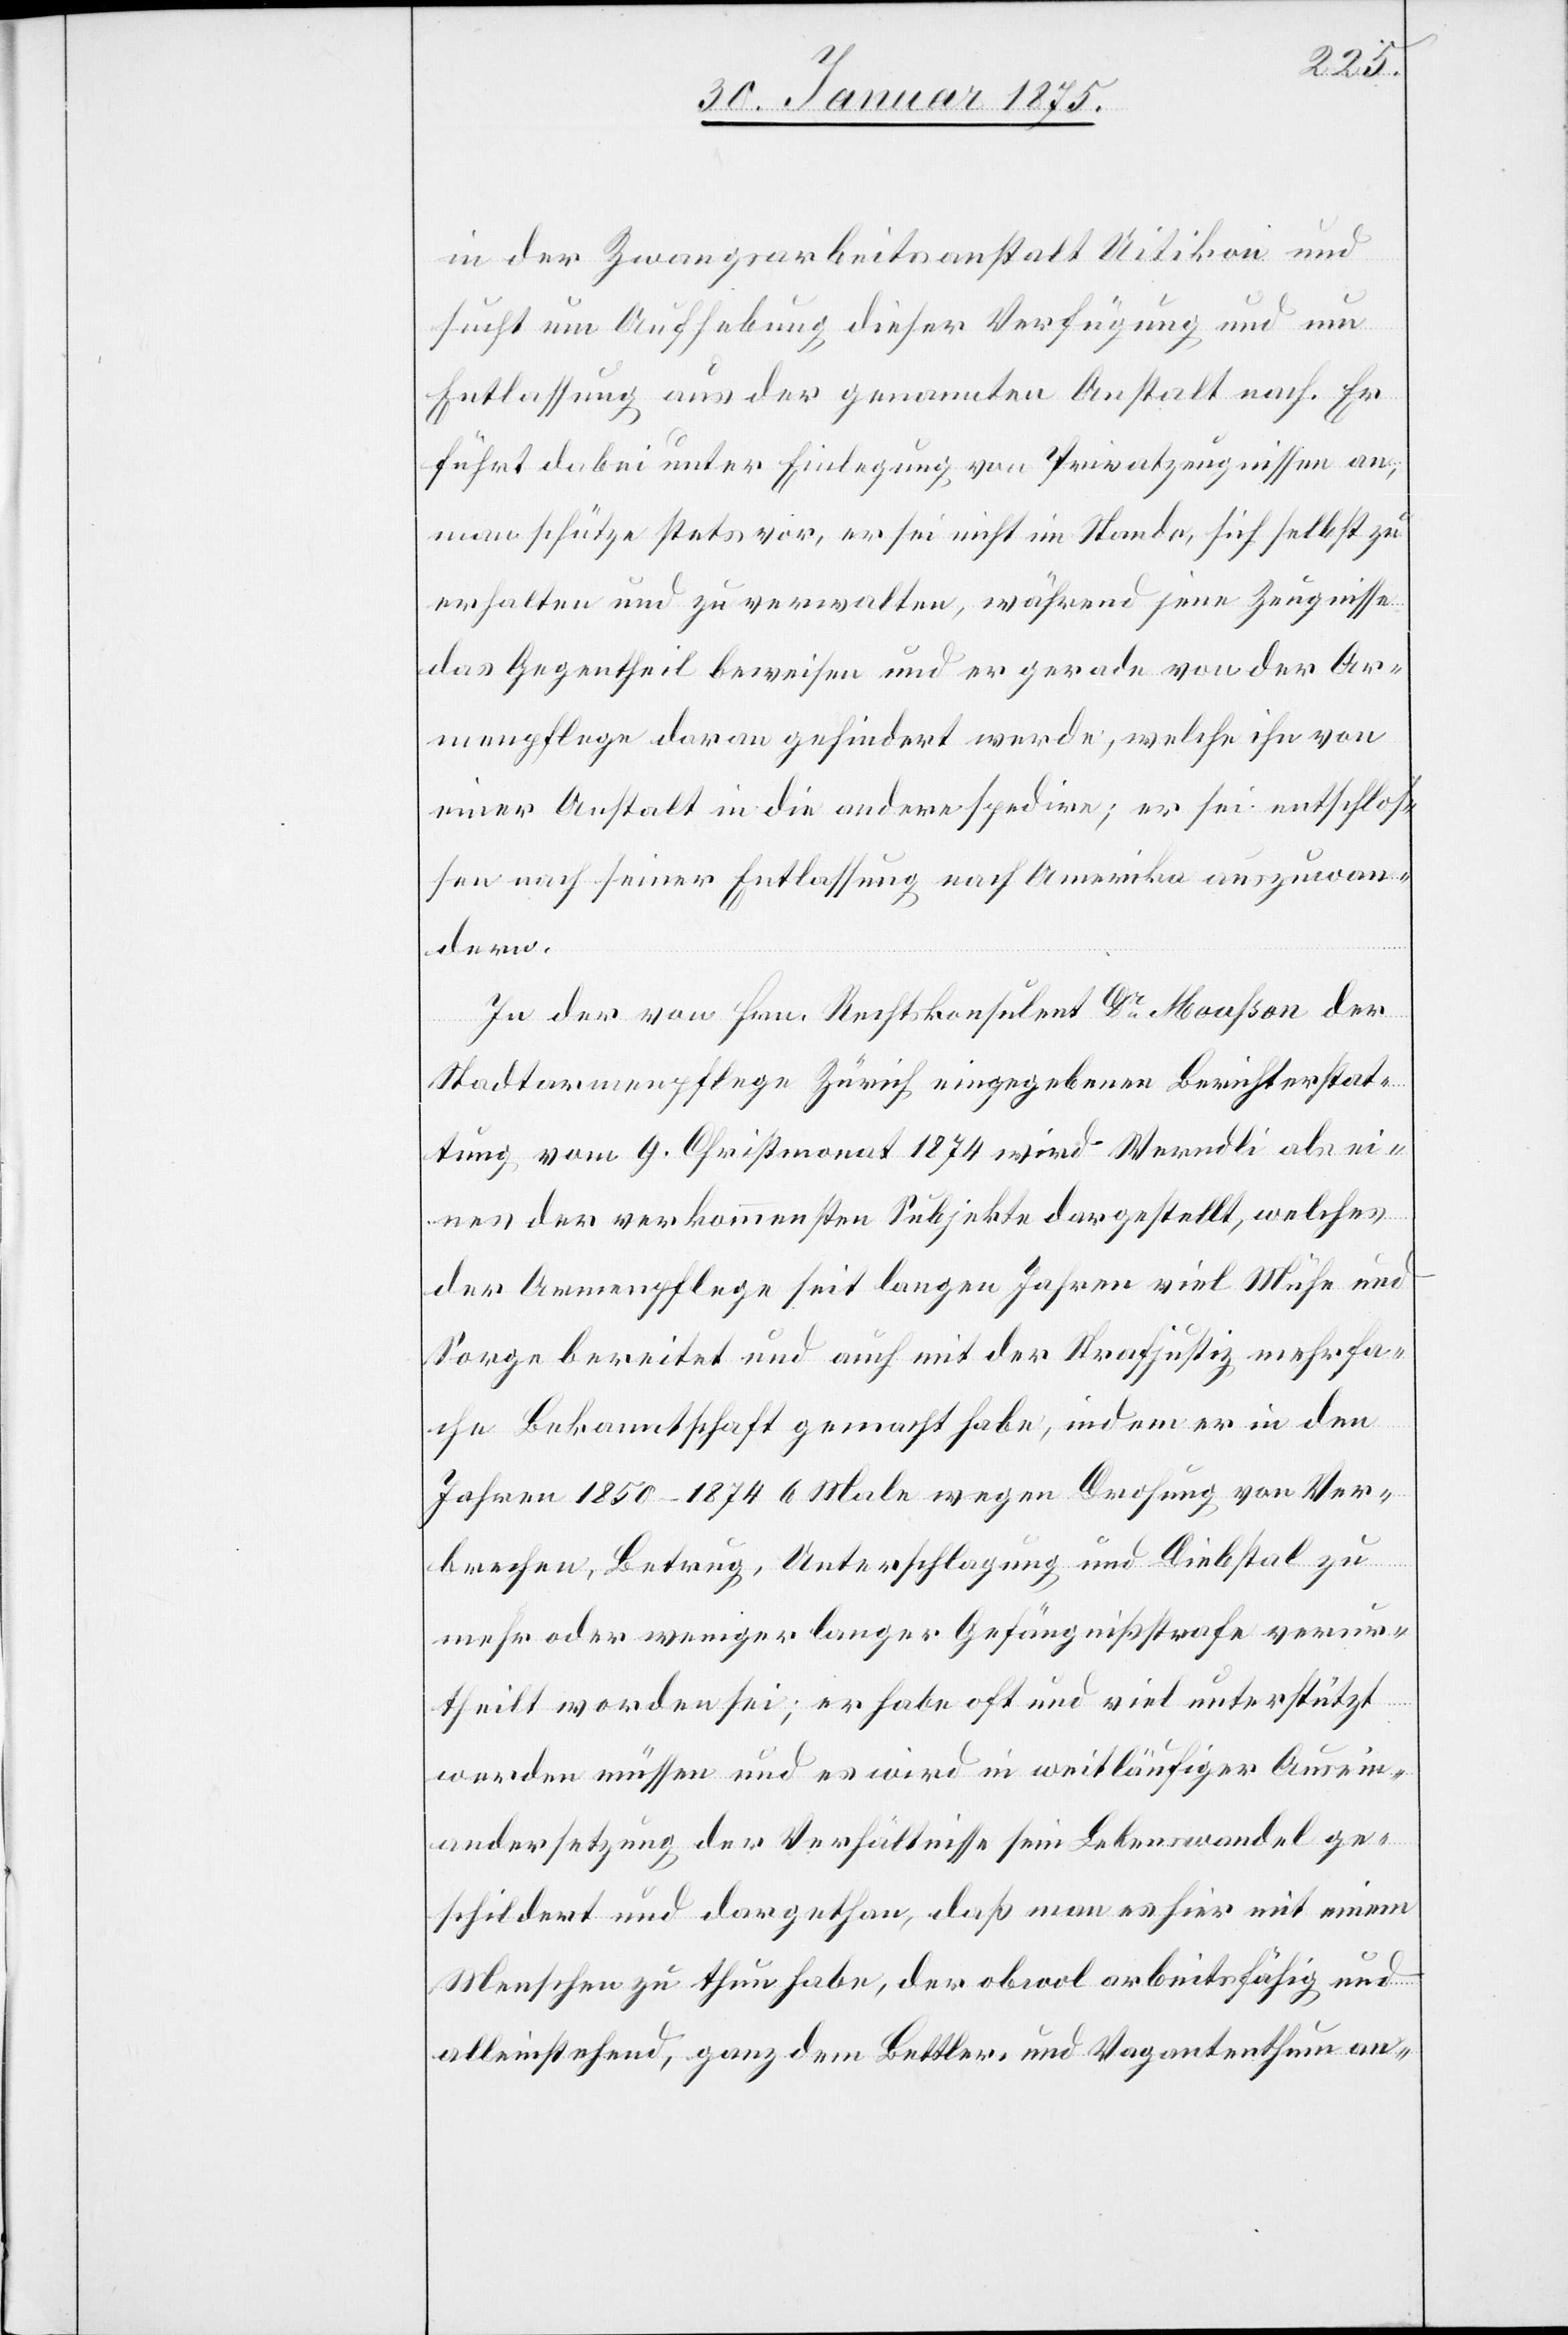
in der Zwangsarbeitsanstalt Uitikon und
sucht um Aufhebung dieser Verfügung und um
Entlassung aus der genannten Anstalt nach. Er
führt dabei unter Einlegung von Privatzeugnissen an,
man schütze stets vor, er sei nicht im Stande, sich selbst zu
erhalten und zu verwalten, während jene Zeugnisse
das Gegentheil beweisen und er gerade von der Ar¬
menpflege daran gehindert werde, welche ihn von
einer Anstalt in die andere spedire; er sei entschlos¬
sen nach seiner Entlassung nach Amerika auszuwan¬
dern.
In der von Hrn. Rechtskonsulent Dr Mousson der
Stadtarmenpflege Zürich eingegebenen Berichterstat¬
tung vom 9. Christmonat 1874 wird Werndli als ei¬
nes der verkommensten Subjekte dargestellt, welches
der Armenpflege seit langen Jahren viel Mühe und
Sorge bereitet und auch mit der Strafjustiz mehrfa¬
che Bekanntschaft gemacht habe, indem er in den
Jahren 1850–1874 6 Male wegen Drohung von Ver¬
brechen, Betrug, Unterschlagung und Diebstal zu
mehr oder weniger langer Gefängnißstrafe verur¬
theilt worden sei; er habe oft und viel unterstützt
werden müssen und es wird in weitläufiger Ausein¬
andersetzung der Verhältnisse sein Lebenswandel ge¬
schildert und dargethan, daß man es hier mit einem
Menschen zu thun habe, der obwol arbeitsfähig und
alleinstehend, ganz dem Bettler- und Vagantenthum an-